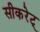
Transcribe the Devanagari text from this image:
सीकरेट्